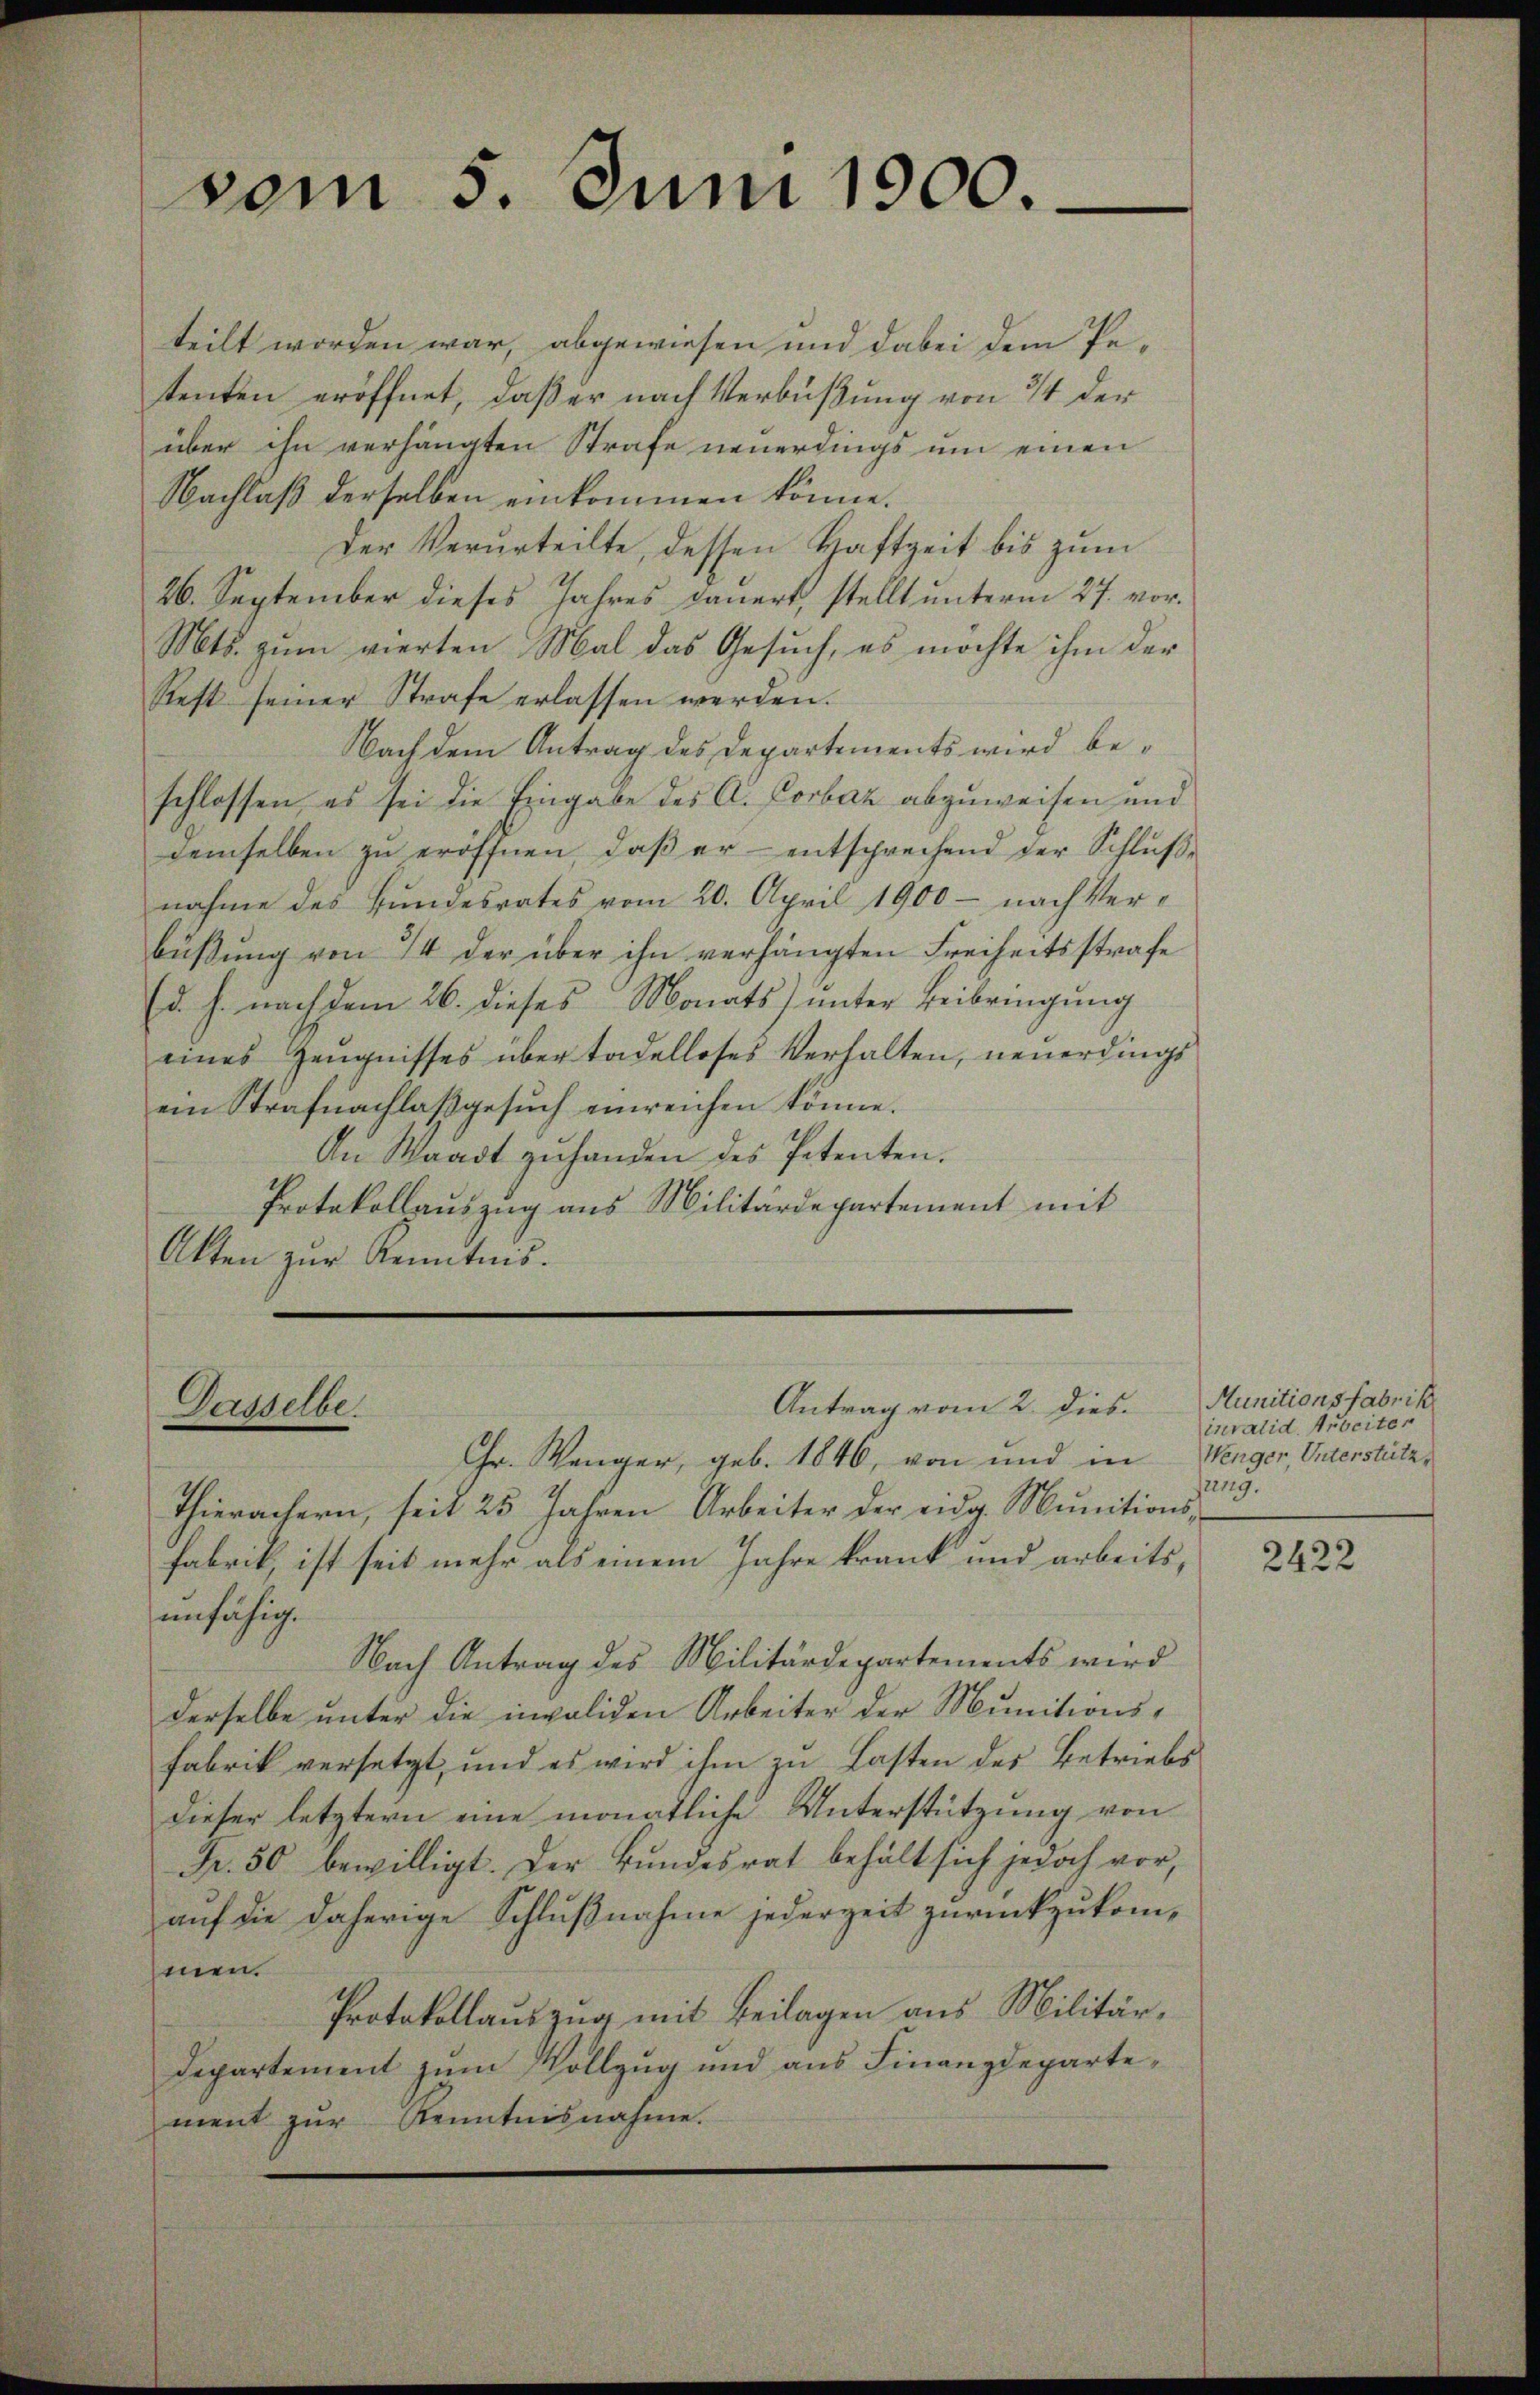
vom 5. Juni 1900.

teilt worden war, abgewiesen und dabei dem Petenten eröffnet, daß er nach Verbüßung von 3/4 der
über ihn verhängten Strafe neuerdings um einen
Nachlaß derselben einkommen könne.
Der Verurteilte, dessen Haftzeit bis zum
26. September dieses Jahres dauert, stellt unterm 27. vor.
Mts. zum vierten Mal das Gesuch, es möchte ihm der
Rest seiner Strafe erlassen werden.
Nach dem Antrag des Departements wird beschlossen, es sei die Eingabe des A. Corbaz abzuweisen und
demselben zŭ eröffnen, daβ er entsprechend der Schlŭβ-
nahme des Bundesrates vom 20. April 1900 - nach Verbüβŭng von 14 der über ihn verhängten Freiheitsstrafe
(d. h. nach dem 26. dieses Monats unter Beibringung
eines Zeugnisses über tadelloses Verhalten, neuerdings
ein Strafnachlaβgesŭch einreichen könne.
An Waadt zŭ handen des Petenten.
Protokollauszug aus Militärdepartement mit
Akten zur Kenntnis.

Antrag vom 2. dies
Dasselber

Chr. Wanger, geb. 1846, von und in
Thierachern, seit 25 Jahren Arbeiter der eidg. Munitions-
Fabrik, ist seit mehr als einem Jahre krank und arbeits,
unfähig.
Nach Antrag des Militärdepartements wird
derselbe unter die invaliden Arbeiter der Munitions¬
Fabrik versetzt, und es wird ihm zu Lasten des Betriebs
dieser letztern eine monatliche Unterstützung von
Fr. 50 bewilligt. Der Bundesrat behält sich jedoch vor,
auf die daherige Schlußnahme jederzeit zurückzukommen.
Protokollauszug mit Beilagen aus Militär¬
Departement zum Vollzug und aus Finanzdepartement zŭr Kenntnisnahme.

Munitionsfabrik
invalid. Arbeiter
Wenger, Unterstütz
sung.

2422